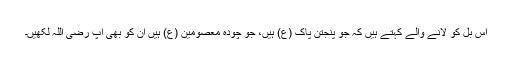
اس بل کو لانے والے کہتے ہیں کہ جو پنجتن پاک (ع) ہیں، جو چودہ معصومین (ع) ہیں ان کو بھی آپ رضی اللہ لکھیں۔